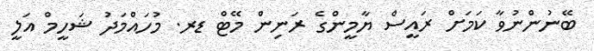
ބޭނުންނުވާ ކަމަށް ރައީސް ޔާމީންގެ ރަނިން މޭޓް ޑރ. މުހައްމަދު ޝަހީމް އަލީ